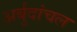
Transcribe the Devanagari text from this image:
अर्बुदांचल